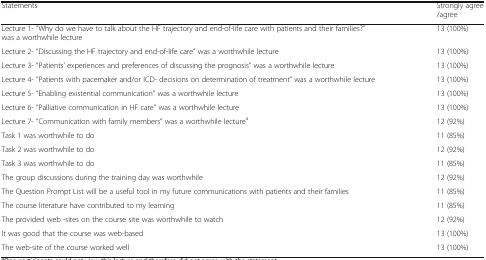
<table><thead><tr><td><b>Statements</b></td><td><b>Strongly agree/agree</b></td></tr></thead><tbody><tr><td>Lecture 1- “Why do we have to talk about the HF trajectory and end-of-life care with patients and their families?” was a worthwhile lecture</td><td>13 (100%)</td></tr><tr><td>Lecture 2- “Discussing the HF trajectory and end-of-life care” was a worthwhile lecture</td><td>13 (100%)</td></tr><tr><td>Lecture 3- “Patients’ experiences and preferences of discussing the prognosis” was a worthwhile lecture</td><td>13 (100%)</td></tr><tr><td>Lecture 4- “Patients with pacemaker and/or ICD- decisions on determination of treatment” was a worthwhile lecture</td><td>13 (100%)</td></tr><tr><td>Lecture 5- “Enabling existential communication” was a worthwhile lecture</td><td>13 (100%)</td></tr><tr><td>Lecture 6- “Palliative communication in HF care” was a worthwhile lecture</td><td>13 (100%)</td></tr><tr><td>Lecture 7- “Communication with family members” was a worthwhile lecture<sup>a</sup></td><td>12 (92%)</td></tr><tr><td>Task 1 was worthwhile to do</td><td>11 (85%)</td></tr><tr><td>Task 2 was worthwhile to do</td><td>12 (92%)</td></tr><tr><td>Task 3 was worthwhile to do</td><td>11 (85%)</td></tr><tr><td>The group discussions during the training day was worthwhile</td><td>12 (92%)</td></tr><tr><td>The Question Prompt List will be a useful tool in my future communications with patients and their families</td><td>11 (85%)</td></tr><tr><td>The course literature have contributed to my learning</td><td>11 (85%)</td></tr><tr><td>The provided web -sites on the course site was worthwhile to watch</td><td>12 (92%)</td></tr><tr><td>It was good that the course was web-based</td><td>13 (100%)</td></tr><tr><td>The web-site of the course worked well</td><td>13 (100%)</td></tr></tbody></table>